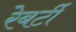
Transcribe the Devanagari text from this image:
रेबर्टी